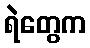
ရဲတွေက